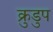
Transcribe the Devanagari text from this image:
क्रुडुप